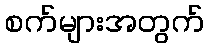
စက်များအတွက်